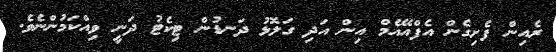
ރެއިން ފެށިގެން އެފްއޭއެމް އިން އަދި ގަލޮޅު ދަނޑުން ޓިކެޓު ދަނީ ވިއްކަމުންނެވެ.